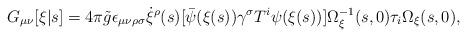
LaTeX: \begin{align*}G_{\mu\nu}[\xi|s] = 4\pi {\tilde g} \epsilon_{\mu\nu\rho\sigma} \dot{\xi}^\rho(s) [{\bar \psi}(\xi(s)) \gamma^\sigma T^i \psi(\xi(s))] \Omega_\xi^{-1}(s,0) \tau_i \Omega_\xi(s,0) ,\end{align*}